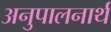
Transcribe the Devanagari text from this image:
अनुपालनार्थ